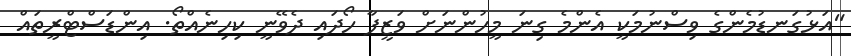
"އަޅުގަނޑުމެންގެ ވިސްނުމަކީ އެންމެ ގިނަ މީހުންނަށް ވަޒީފާ ހޯދައި ދެވޭނީ ކިހިނެއްތޯ. އިންޑަސްޓްރީތައް